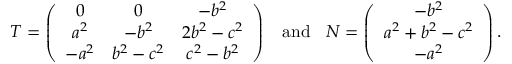
T = \left( \begin{array} { c c c } { 0 } & { 0 } & { - b ^ { 2 } } \\ { a ^ { 2 } } & { - b ^ { 2 } } & { 2 b ^ { 2 } - c ^ { 2 } } \\ { - a ^ { 2 } } & { b ^ { 2 } - c ^ { 2 } } & { c ^ { 2 } - b ^ { 2 } } \end{array} \right) \; \; \mathrm { ~ a n d ~ } \; \; N = \left( \begin{array} { c } { - b ^ { 2 } } \\ { a ^ { 2 } + b ^ { 2 } - c ^ { 2 } } \\ { - a ^ { 2 } } \end{array} \right) .